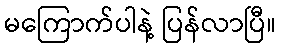
မကြောက်ပါနဲ့ ပြန်လာပြီ။